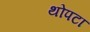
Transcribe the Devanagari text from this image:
थोपटा